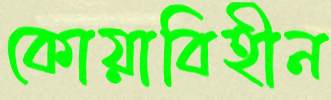
কোয়াবিহীন